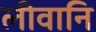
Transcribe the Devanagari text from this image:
लीवानि